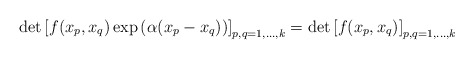
\begin{align*} \det\left[f(x_p,x_q)\exp\left(\alpha(x_p-x_q)\right) \right]_{p,q=1,\ldots,k}=\det\left[f(x_p,x_q)\right]_{p,q=1,\ldots,k}\end{align*}